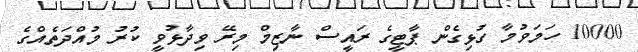
10000 ހަމަވުމާ ގުޅިގެން ޕާޓީގެ ރައީސް ނާޒިމް މިރޭ ވިދާޅުވީ ކުރު މުއްދަތެއްގެ